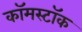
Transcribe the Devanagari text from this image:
कॉमस्टॉक